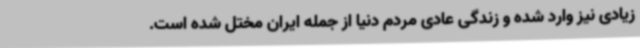
زیادی نیز وارد شده و زندگی عادی مردم دنیا از جمله ایران مختل شده است.